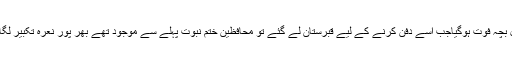
بارہ مارچ1936ءکو بمبئی کے ایک احمدی دوست کا خوردسال بچہ فوت ہوگیاجب اُسے دفن کرنے کے لیے قبرستان لے گئے تو محافظین ختم نبوت پہلے سے موجود تھے بھر پور نعرہ تکبیر لگاتے ہوئےانہوں نے خبردار کیاکہ قبرستان سنی مسلمانوں کا ہے۔